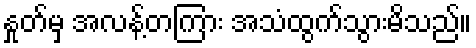
နှုတ်မှ အလန့်တကြား အသံထွက်သွားမိသည်။